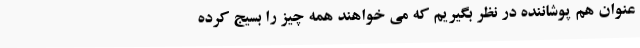
عنوان هم پوشاننده در نظر بگیریم که می خواهند همه چیز را بسیج کرده